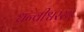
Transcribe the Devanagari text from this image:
धन्वीश्वरस्य